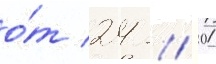
о́т 24 // 01